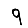
Digit: 9